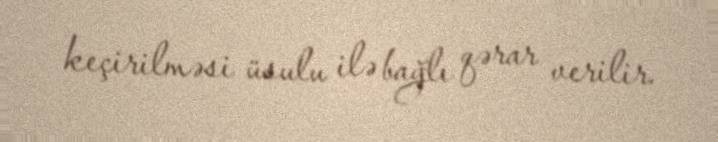
keçirilməsi üsulu ilə bağlı qərar verilir.